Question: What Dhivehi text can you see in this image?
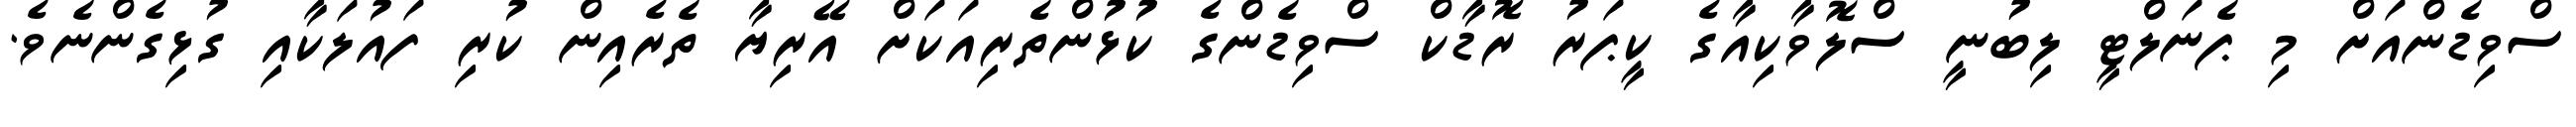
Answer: ސްވިޑެންއަށް މި ޕެނަލްޓީ ލިބުނީ ސްލޮވާކިއާގެ ކީޕަރު ރޮޑާކް ސްވިޑެންގެ ކުޅުންތެރިއަކަށް އޭރިޔާ ތެރެއިން ކުރި ފައުލަކާއި ގުޅިގެންނެވެ.